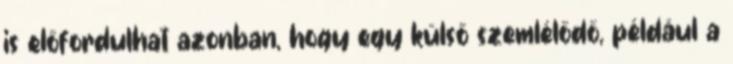
is előfordulhat azonban, hogy egy külső szemlélődő, például a